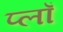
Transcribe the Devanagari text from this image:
प्लाँ